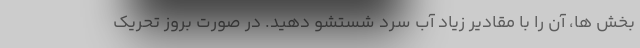
بخش ها، آن را با مقادیر زیاد آب سرد شستشو دهید. در صورت بروز تحریک